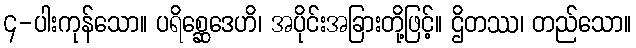
၄-ပါးကုန်သော။ ပရိစ္ဆေဒေဟိ၊ အပိုင်းအခြားတို့ဖြင့်။ ဌိတဿ၊ တည်သော။